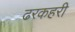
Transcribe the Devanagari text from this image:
ढरकहरी